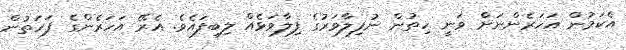
އެކަމުން އަހަރެންނަށް ވަނީ ހިތުން ނުފިލާވަރުގެ ފިލާވަޅެއް ލިބިފައެވެ. އެރޭ އަހަރެންގެ ފަހަތުން